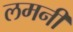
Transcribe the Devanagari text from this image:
लमनी